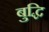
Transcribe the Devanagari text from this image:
बुद्धि